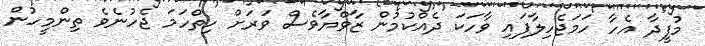
މުފީދާ އެހާ ހަމަޖެހިލާފައި ވާހަކަ ދެއްކުމުން ޒާވްޔާވެސް ވަރަށް ހިތްހަމަ ޖެހުނެވެ ތިންމީހުން